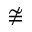
\ncong